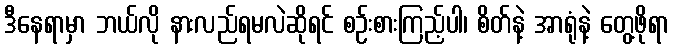
ဒီနေရာမှာ ဘယ်လို နားလည်ရမလဲဆိုရင် စဉ်းစားကြည့်ပါ၊ စိတ်နဲ့ အာရုံနဲ့ တွေ့ဖိုရာ